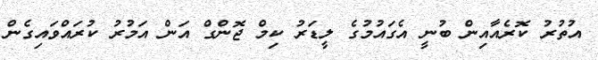
އުތުރު ކޮރެއާއިން ބުނީ އެގައުމުގެ ލީޑަރު ކިމް ޖޮންގް އަން އަމުރު ކުރައްވައިގެން